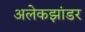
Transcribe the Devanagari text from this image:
अलेकझांडर